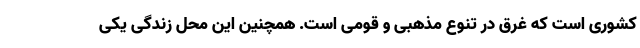
کشوری است که غرق در تنوع مذهبی و قومی است. همچنین این محل زندگی یکی